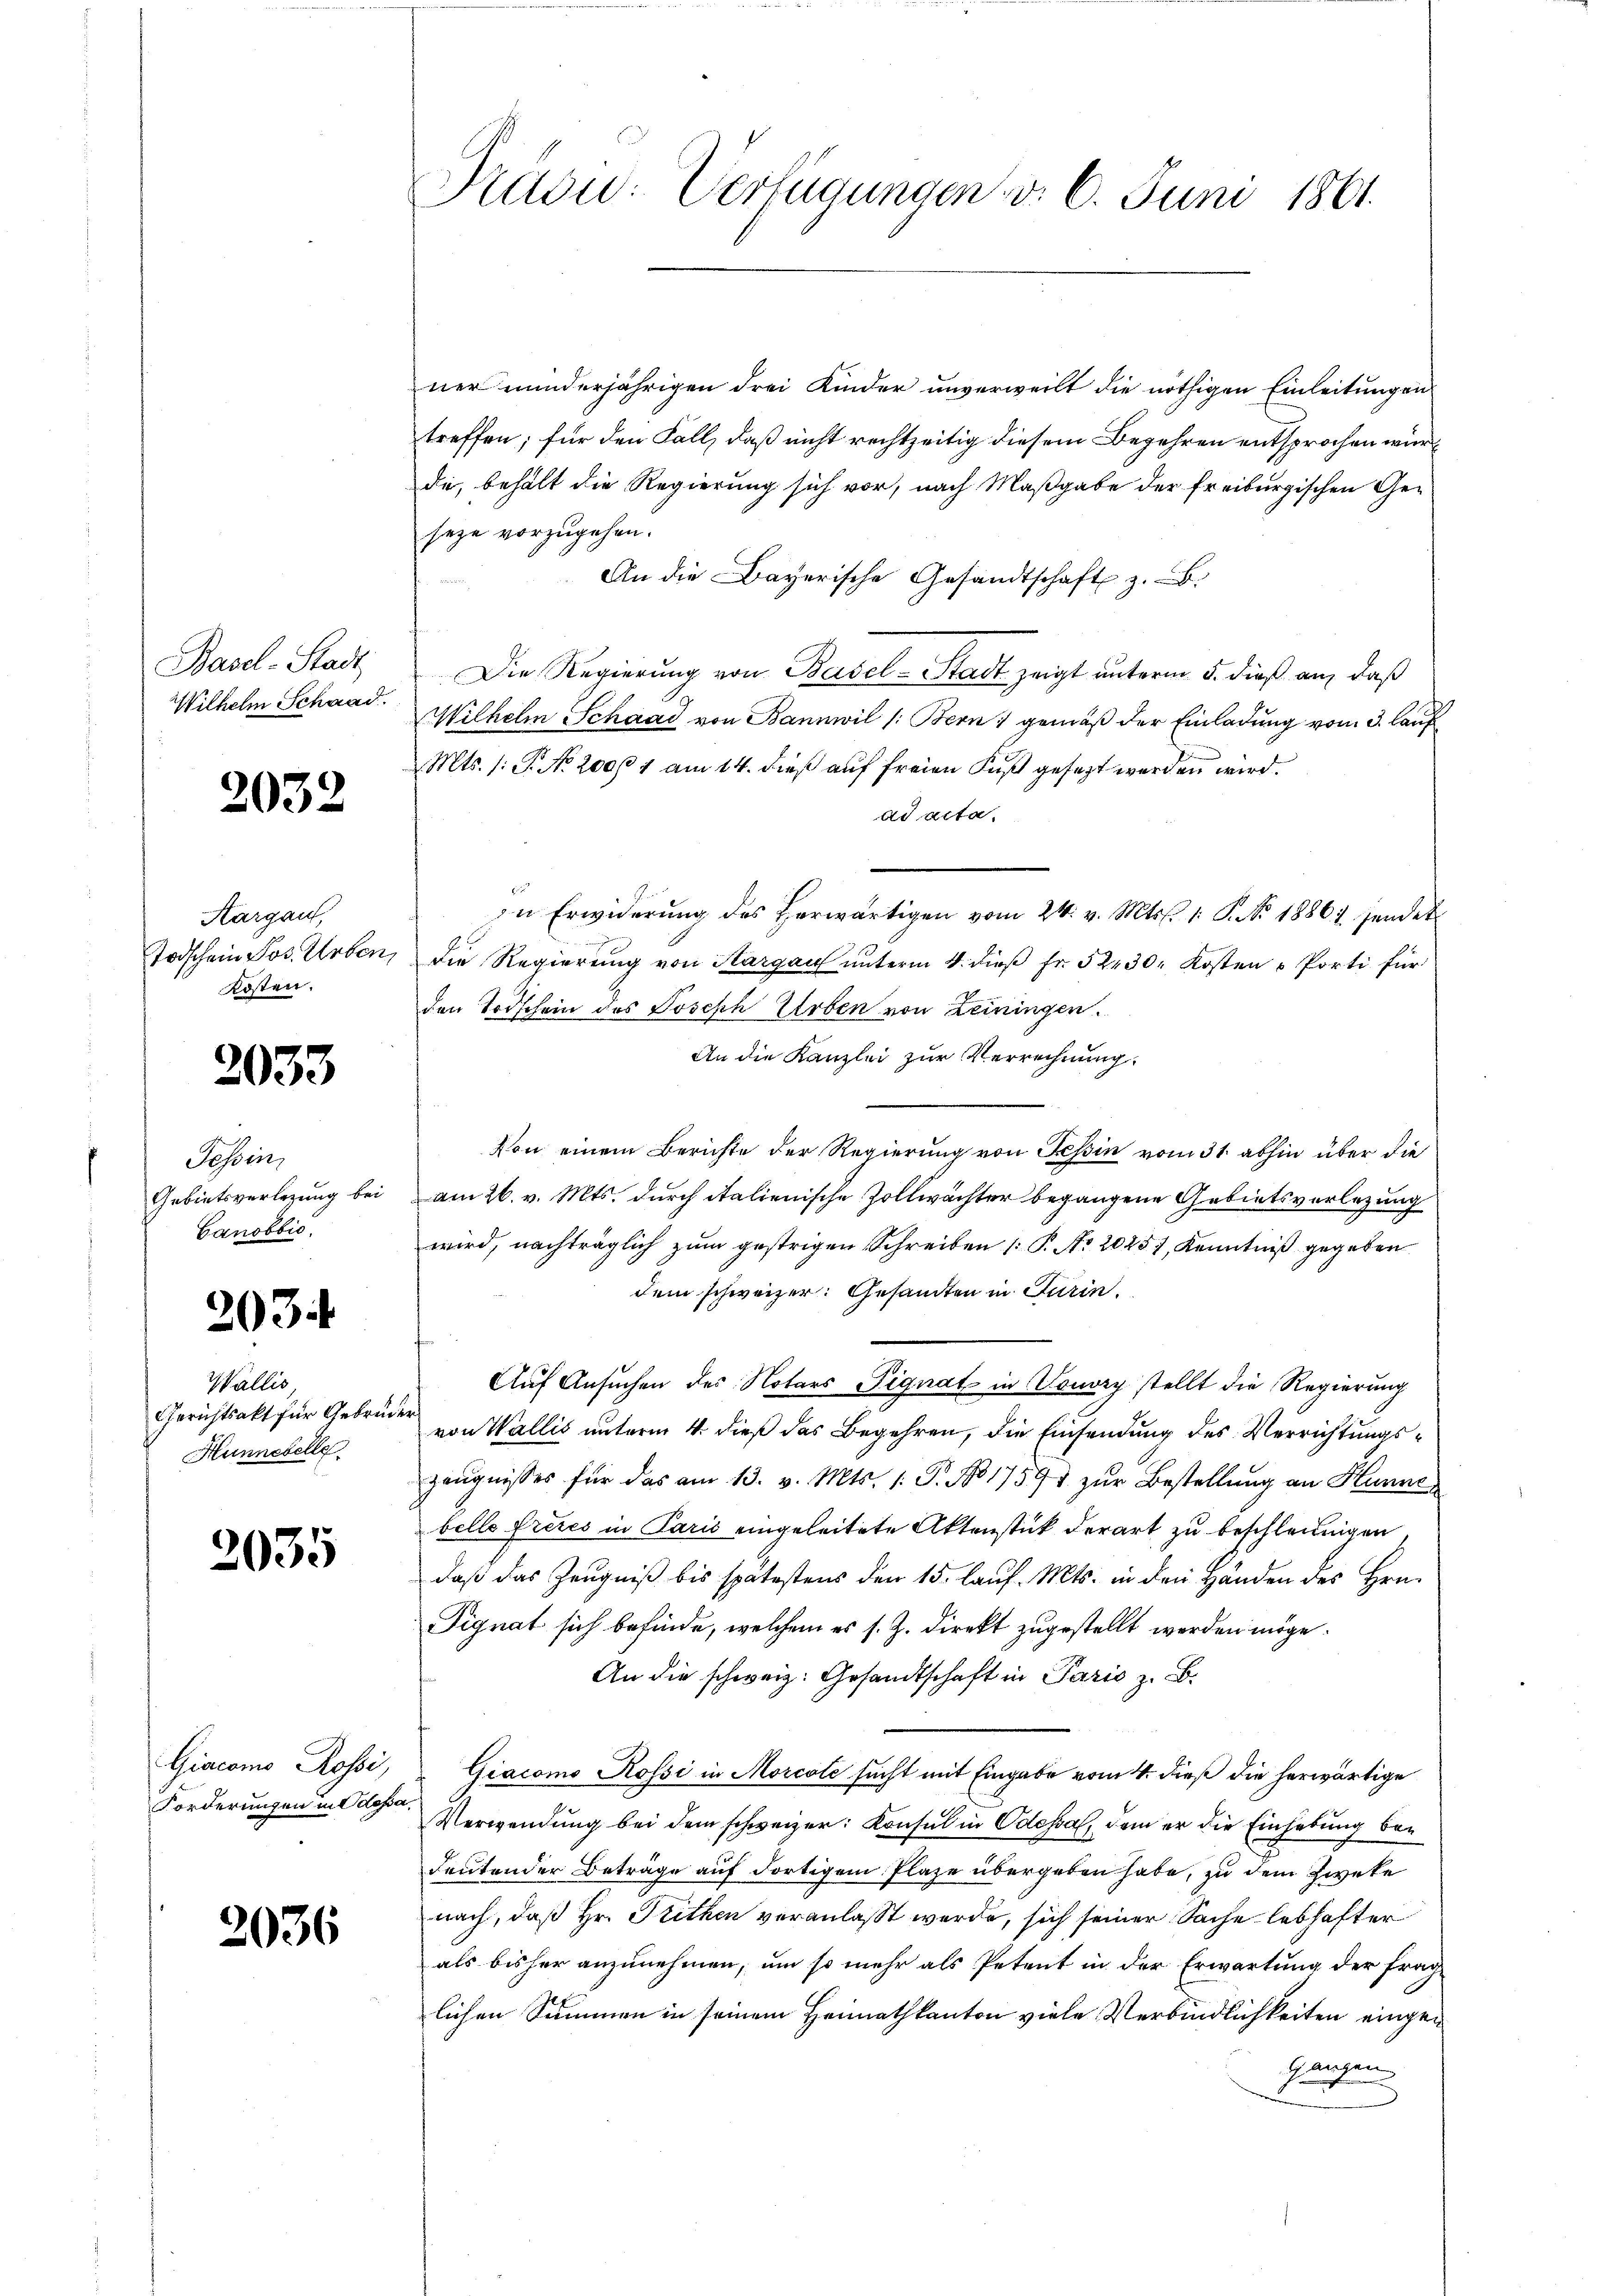
Basel-Stadt,
Wilhelm Schaad.

2032

Aargau,
Kosten.

2033

Tessin.
f
Ganobbić,

203

Wallis,
Gerichtsakt für Gebrüder.
Hunnebelle

2035

ner minderjährigen drei Kinder unverweilt die nöthigen Einleitungen
treffen; für den Fall, daß nicht rechtzeitig diesem Begehren entsprochen würdie, behält die Regierung sich vor, nach Maßgabe der freiburgischen Geseze vorzugehen.
An die Bayerische Gesandtschaft z. B.
Die Regierung von Basel-Stadt zeigt unterm 5. dieß an, daß
Wilhelm Schaad von Bannwil /: Bern gemäß der Einladung vom 3. lauf
Mts. /: P. No. 200/1 am 14. dieß auf freien Fuß gesezt werden wird.
ad acta.
.
In Erwiderŭng des herwärtigen vom 24. v. Mts. 1. P. Nr. 1886 sendet
Todschein Jos. Arben, die Regierŭng von Sargau ŭnterm 4. dieβ fr. 52430. Kosten u Porti für
den Todschein des Joseph Erben von Leiningen.
An die Kanzlei zur Verrechnung
Von einem Berichte der Regierung von Tessin vom 31. abhin über die
Gebietsverlegung bei am 26. v. Mts. durch italienische Zollwächter begangene Gebietsverlegung
wird, nachträglich zum gestrigen Schreiben [P. Nr. 20257, Kenntniß gegeben
dem schweizer. Gesandten in Turin.
Auf Ansuchen des Notars Pignat in Vouvry stellt die Regierung
von Wallis unterm 4. dieß das Begehren, die Einsendung des Verrichtungszeŭgnisses für das am 13. v. Mts. 1. P. No 1759 zŭr Bestellung an Hunne
belle Freies in Paris eingeleitete Aktenstück derart zu beschleunigen.
daß das Zeugniß bis spätestens den 15. laŭf. Mts. in den Händen des Hrn.
Pignat sich befinde, welchem es s. Z. direkt zugestellt werden möge.
An die schweiz. Gesandtschaft in Paris z. B.
Giacomo Rossi, Giacomo Rossi in Morcole sucht mit Eingabe vom 4. dieß die herwärtige
Verwendung bei dem schweizer: Konsul in Odessa, dem er die Einhebung bei
deutender Beträge auf dortigem Plaze übergeben habe, zu dem Zweke
nach, daß Hr. Trithen veranlaßt werde, sich seiner Sache lebhafter
als bisher anzunehmen, um so mehr als Petent in der Erwartung der frag-
lichen Summen in seinem Heimathkanton viele Verbindlichkeiten eingen
Ganzen

Forderungen in Odepa

2036

Prasw: Verfügungen d. 6. Juni 1861.